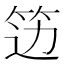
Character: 笾